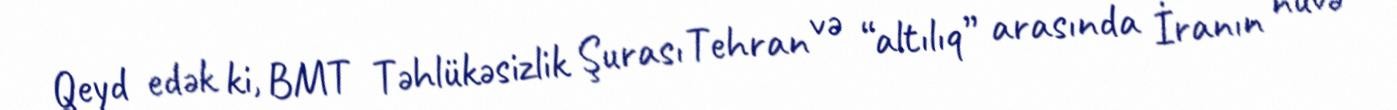
Qeyd edək ki, BMT Təhlükəsizlik Şurası Tehran və “altılıq” arasında İranın nüvə